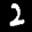
Label: 2